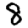
Digit: 8